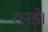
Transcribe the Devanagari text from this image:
रानडे।